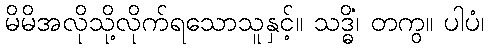
မိမိအလိုသို့လိုက်ရသောသူနှင့်။ သဒ္ဓိံ၊ တကွ။ ပါပံ၊